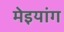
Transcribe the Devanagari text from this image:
मेइयांग